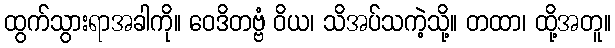
ထွက်သွားရာအခါကို။ ဝေဒိတဗ္ဗံ ဝိယ၊ သိအပ်သကဲ့သို့။ တထာ၊ ထို့အတူ။